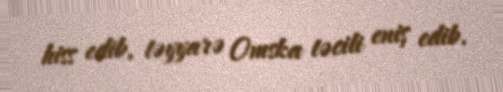
hiss edib, təyyarə Omska təcili eniş edib.